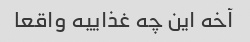
آخه این چه غذاییه واقعا